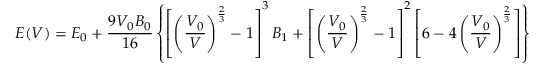
E ( V ) = E _ { 0 } + \frac { 9 V _ { 0 } B _ { 0 } } { 1 6 } \left\{ \left[ \left( \frac { V _ { 0 } } { V } \right) ^ { \frac { 2 } { 3 } } - 1 \right] ^ { 3 } B _ { 1 } + \left[ \left( \frac { V _ { 0 } } { V } \right) ^ { \frac { 2 } { 3 } } - 1 \right] ^ { 2 } \left[ 6 - 4 \left( \frac { V _ { 0 } } { V } \right) ^ { \frac { 2 } { 3 } } \right] \right\}